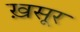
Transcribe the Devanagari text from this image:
ख़सूर